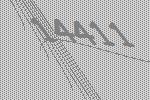
14411